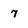
Character: 7